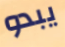
يبدو